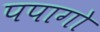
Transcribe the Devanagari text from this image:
पपागो